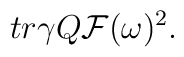
tr \gamma Q {\cal F} (\omega)^2.